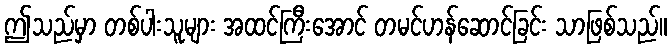
ဤသည်မှာ တစ်ပါးသူများ အထင်ကြီးအောင် တမင်ဟန်ဆောင်ခြင်း သာဖြစ်သည်။